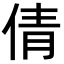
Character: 倩